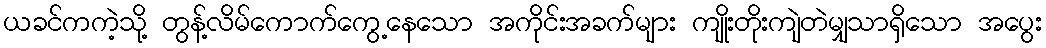
ယခင်ကကဲ့သို့ တွန့်လိမ်ကောက်ကွေ့နေသော အကိုင်းအခက်များ ကျိုးတိုးကျဲတဲမျှသာရှိသော အပွေး